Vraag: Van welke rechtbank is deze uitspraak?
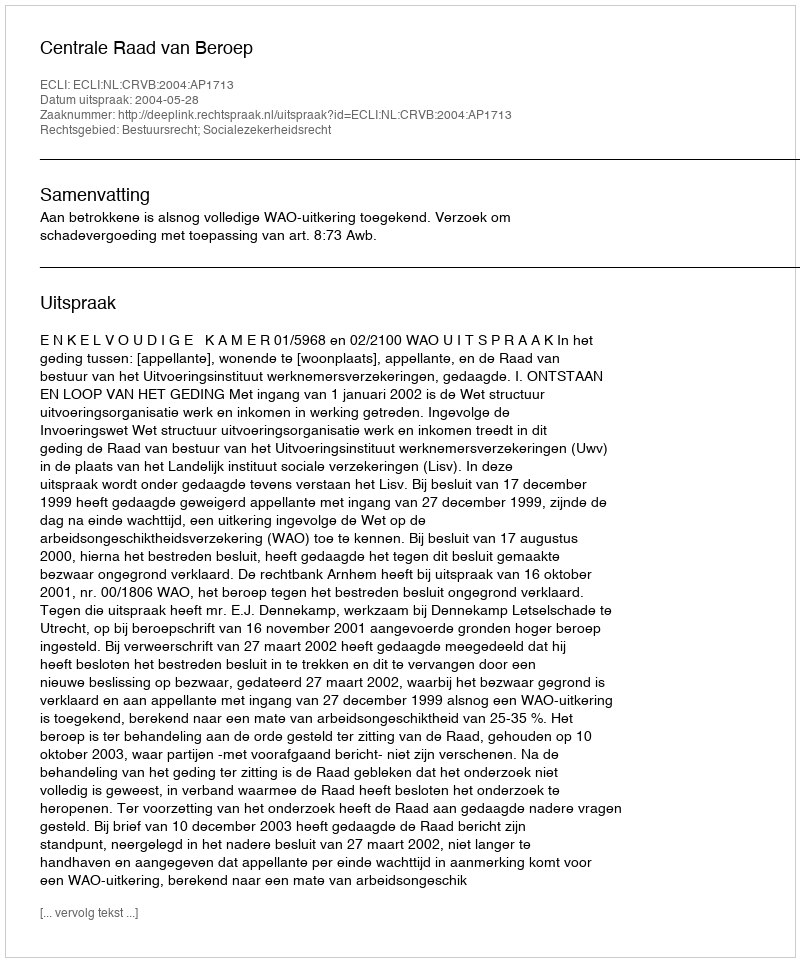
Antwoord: Centrale Raad van Beroep